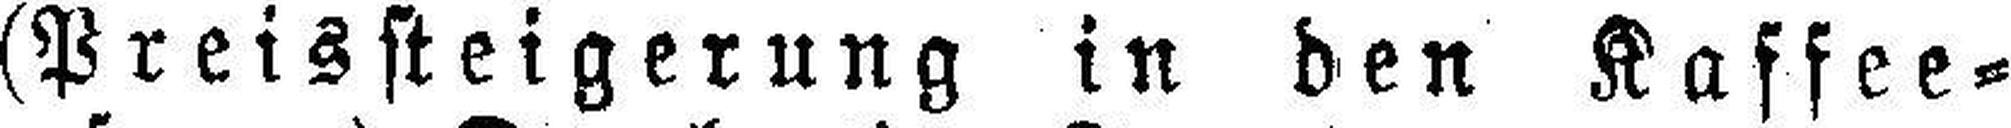
(Preissteigerung in den Kaffee¬